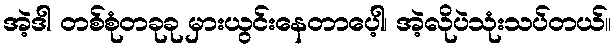
အဲ့ဒါ တစ်စုံတခုခု မှားယွင်းနေတာပေ့ါ၊ အဲ့လိုပဲသုံးသပ်တယ်။